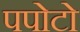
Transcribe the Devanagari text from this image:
पपोटो